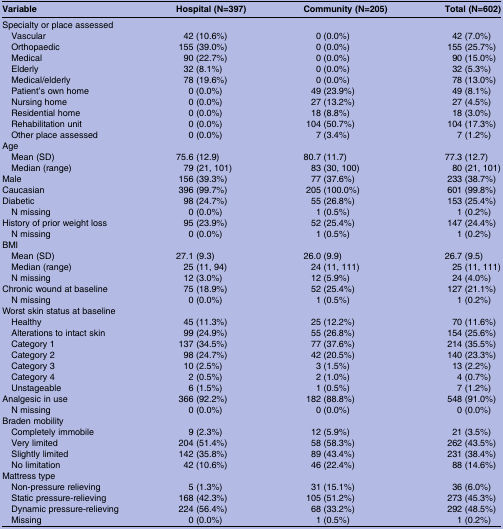
<table><thead><tr><td><b>Variable</b></td><td><b>Hospital (N=397)</b></td><td><b>Community (N=205)</b></td><td><b>Total (N=602)</b></td></tr></thead><tbody><tr><td colspan="4">Specialty or place assessed</td></tr><tr><td> Vascular</td><td>42 (10.6%)</td><td>0 (0.0%)</td><td>42 (7.0%)</td></tr><tr><td> Orthopaedic</td><td>155 (39.0%)</td><td>0 (0.0%)</td><td>155 (25.7%)</td></tr><tr><td> Medical</td><td>90 (22.7%)</td><td>0 (0.0%)</td><td>90 (15.0%)</td></tr><tr><td> Elderly</td><td>32 (8.1%)</td><td>0 (0.0%)</td><td>32 (5.3%)</td></tr><tr><td> Medical/elderly</td><td>78 (19.6%)</td><td>0 (0.0%)</td><td>78 (13.0%)</td></tr><tr><td> Patient&#x27;s own home</td><td>0 (0.0%)</td><td>49 (23.9%)</td><td>49 (8.1%)</td></tr><tr><td> Nursing home</td><td>0 (0.0%)</td><td>27 (13.2%)</td><td>27 (4.5%)</td></tr><tr><td> Residential home</td><td>0 (0.0%)</td><td>18 (8.8%)</td><td>18 (3.0%)</td></tr><tr><td> Rehabilitation unit</td><td>0 (0.0%)</td><td>104 (50.7%)</td><td>104 (17.3%)</td></tr><tr><td> Other place assessed</td><td>0 (0.0%)</td><td>7 (3.4%)</td><td>7 (1.2%)</td></tr><tr><td colspan="4">Age</td></tr><tr><td> Mean (SD)</td><td>75.6 (12.9)</td><td>80.7 (11.7)</td><td>77.3 (12.7)</td></tr><tr><td> Median (range)</td><td>79 (21, 101)</td><td>83 (30, 100)</td><td>80 (21, 101)</td></tr><tr><td>Male</td><td>156 (39.3%)</td><td>77 (37.6%)</td><td>233 (38.7%)</td></tr><tr><td>Caucasian</td><td>396 (99.7%)</td><td>205 (100.0%)</td><td>601 (99.8%)</td></tr><tr><td>Diabetic</td><td>98 (24.7%)</td><td>55 (26.8%)</td><td>153 (25.4%)</td></tr><tr><td> N missing</td><td>0 (0.0%)</td><td>1 (0.5%)</td><td>1 (0.2%)</td></tr><tr><td>History of prior weight loss</td><td>95 (23.9%)</td><td>52 (25.4%)</td><td>147 (24.4%)</td></tr><tr><td> N missing</td><td>0 (0.0%)</td><td>1 (0.5%)</td><td>1 (0.2%)</td></tr><tr><td colspan="4">BMI</td></tr><tr><td> Mean (SD)</td><td>27.1 (9.3)</td><td>26.0 (9.9)</td><td>26.7 (9.5)</td></tr><tr><td> Median (range)</td><td>25 (11, 94)</td><td>24 (11, 111)</td><td>25 (11, 111)</td></tr><tr><td> N missing</td><td>12 (3.0%)</td><td>12 (5.9%)</td><td>24 (4.0%)</td></tr><tr><td>Chronic wound at baseline</td><td>75 (18.9%)</td><td>52 (25.4%)</td><td>127 (21.1%)</td></tr><tr><td> N missing</td><td>0 (0.0%)</td><td>1 (0.5%)</td><td>1 (0.2%)</td></tr><tr><td colspan="4">Worst skin status at baseline</td></tr><tr><td> Healthy</td><td>45 (11.3%)</td><td>25 (12.2%)</td><td>70 (11.6%)</td></tr><tr><td> Alterations to intact skin</td><td>99 (24.9%)</td><td>55 (26.8%)</td><td>154 (25.6%)</td></tr><tr><td> Category 1</td><td>137 (34.5%)</td><td>77 (37.6%)</td><td>214 (35.5%)</td></tr><tr><td> Category 2</td><td>98 (24.7%)</td><td>42 (20.5%)</td><td>140 (23.3%)</td></tr><tr><td> Category 3</td><td>10 (2.5%)</td><td>3 (1.5%)</td><td>13 (2.2%)</td></tr><tr><td> Category 4</td><td>2 (0.5%)</td><td>2 (1.0%)</td><td>4 (0.7%)</td></tr><tr><td> Unstageable</td><td>6 (1.5%)</td><td>1 (0.5%)</td><td>7 (1.2%)</td></tr><tr><td>Analgesic in use</td><td>366 (92.2%)</td><td>182 (88.8%)</td><td>548 (91.0%)</td></tr><tr><td> N missing</td><td>0 (0.0%)</td><td>0 (0.0%)</td><td>0 (0.0%)</td></tr><tr><td colspan="4">Braden mobility</td></tr><tr><td> Completely immobile</td><td>9 (2.3%)</td><td>12 (5.9%)</td><td>21 (3.5%)</td></tr><tr><td> Very limited</td><td>204 (51.4%)</td><td>58 (58.3%)</td><td>262 (43.5%)</td></tr><tr><td> Slightly limited</td><td>142 (35.8%)</td><td>89 (43.4%)</td><td>231 (38.4%)</td></tr><tr><td> No limitation</td><td>42 (10.6%)</td><td>46 (22.4%)</td><td>88 (14.6%)</td></tr><tr><td colspan="4">Mattress type</td></tr><tr><td> Non-pressure relieving</td><td>5 (1.3%)</td><td>31 (15.1%)</td><td>36 (6.0%)</td></tr><tr><td> Static pressure-relieving</td><td>168 (42.3%)</td><td>105 (51.2%)</td><td>273 (45.3%)</td></tr><tr><td> Dynamic pressure-relieving</td><td>224 (56.4%)</td><td>68 (33.2%)</td><td>292 (48.5%)</td></tr><tr><td> Missing</td><td>0 (0.0%)</td><td>1 (0.5%)</td><td>1 (0.2%)</td></tr></tbody></table>